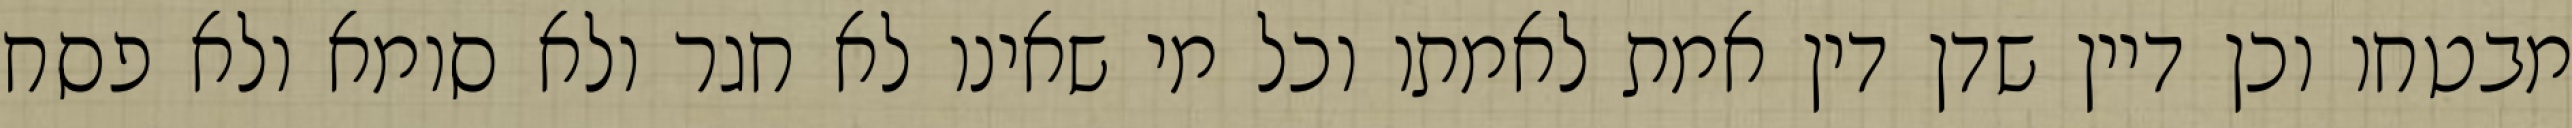
מבטחו וכן דיין שדן דין אמת לאמתו וכל מי שאינו לא חגר ולא סומא ולא פסח